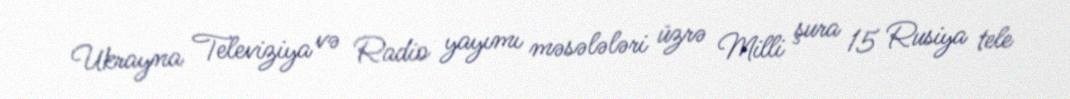
Ukrayna Televiziya və Radio yayımı məsələləri üzrə Milli şura 15 Rusiya tele